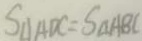
S _ { \Delta } A D C = S _ { \Delta } A B C